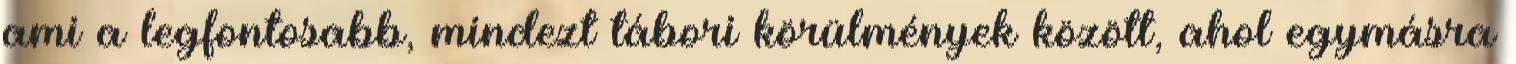
ami a legfontosabb, mindezt tábori körülmények között, ahol egymásra